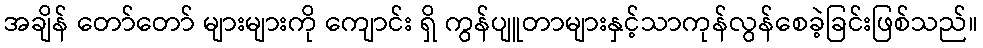
အချိန် တော်တော် များများကို ကျောင်း ရှိ ကွန်ပျူတာများနှင့်သာကုန်လွန်စေခဲ့ခြင်းဖြစ်သည်။